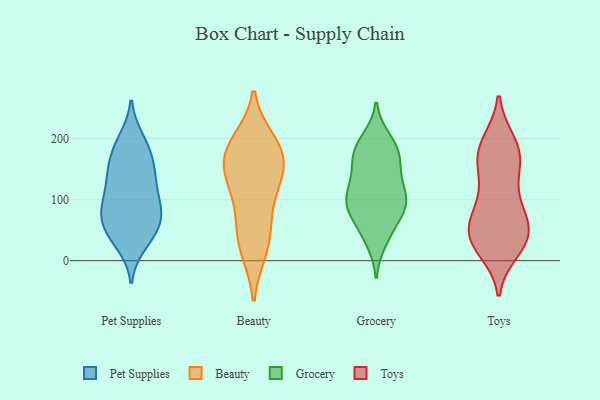
{"axis": {"x": "LTV (USD)", "y": "Value"}, "legend": ["Beauty", "Grocery", "Pet Supplies", "Toys"], "data": [{"x": "", "y": 74, "type": "Pet Supplies"}, {"x": "", "y": 158, "type": "Pet Supplies"}, {"x": "", "y": 33, "type": "Pet Supplies"}, {"x": "", "y": 92, "type": "Pet Supplies"}, {"x": "", "y": 44, "type": "Pet Supplies"}, {"x": "", "y": 187, "type": "Pet Supplies"}, {"x": "", "y": 199, "type": "Pet Supplies"}, {"x": "", "y": 76, "type": "Pet Supplies"}, {"x": "", "y": 125, "type": "Pet Supplies"}, {"x": "", "y": 156, "type": "Pet Supplies"}, {"x": "", "y": 52, "type": "Pet Supplies"}, {"x": "", "y": 117, "type": "Pet Supplies"}, {"x": "", "y": 62, "type": "Pet Supplies"}, {"x": "", "y": 92, "type": "Pet Supplies"}, {"x": "", "y": 27, "type": "Pet Supplies"}, {"x": "", "y": 192, "type": "Pet Supplies"}, {"x": "", "y": 101, "type": "Pet Supplies"}, {"x": "", "y": 152, "type": "Pet Supplies"}, {"x": "", "y": 143, "type": "Pet Supplies"}, {"x": "", "y": 67, "type": "Pet Supplies"}, {"x": "", "y": 142, "type": "Beauty"}, {"x": "", "y": 162, "type": "Beauty"}, {"x": "", "y": 14, "type": "Beauty"}, {"x": "", "y": 198, "type": "Beauty"}, {"x": "", "y": 197, "type": "Beauty"}, {"x": "", "y": 73, "type": "Beauty"}, {"x": "", "y": 130, "type": "Beauty"}, {"x": "", "y": 168, "type": "Beauty"}, {"x": "", "y": 14, "type": "Beauty"}, {"x": "", "y": 119, "type": "Beauty"}, {"x": "", "y": 66, "type": "Beauty"}, {"x": "", "y": 174, "type": "Beauty"}, {"x": "", "y": 188, "type": "Beauty"}, {"x": "", "y": 44, "type": "Beauty"}, {"x": "", "y": 133, "type": "Beauty"}, {"x": "", "y": 96, "type": "Grocery"}, {"x": "", "y": 107, "type": "Grocery"}, {"x": "", "y": 199, "type": "Grocery"}, {"x": "", "y": 89, "type": "Grocery"}, {"x": "", "y": 183, "type": "Grocery"}, {"x": "", "y": 58, "type": "Grocery"}, {"x": "", "y": 90, "type": "Grocery"}, {"x": "", "y": 119, "type": "Grocery"}, {"x": "", "y": 163, "type": "Grocery"}, {"x": "", "y": 106, "type": "Grocery"}, {"x": "", "y": 144, "type": "Grocery"}, {"x": "", "y": 81, "type": "Grocery"}, {"x": "", "y": 179, "type": "Grocery"}, {"x": "", "y": 32, "type": "Grocery"}, {"x": "", "y": 88, "type": "Grocery"}, {"x": "", "y": 167, "type": "Grocery"}, {"x": "", "y": 137, "type": "Grocery"}, {"x": "", "y": 191, "type": "Grocery"}, {"x": "", "y": 42, "type": "Grocery"}, {"x": "", "y": 43, "type": "Toys"}, {"x": "", "y": 188, "type": "Toys"}, {"x": "", "y": 42, "type": "Toys"}, {"x": "", "y": 170, "type": "Toys"}, {"x": "", "y": 60, "type": "Toys"}, {"x": "", "y": 192, "type": "Toys"}, {"x": "", "y": 158, "type": "Toys"}, {"x": "", "y": 18, "type": "Toys"}, {"x": "", "y": 65, "type": "Toys"}, {"x": "", "y": 194, "type": "Toys"}, {"x": "", "y": 46, "type": "Toys"}, {"x": "", "y": 29, "type": "Toys"}, {"x": "", "y": 101, "type": "Toys"}, {"x": "", "y": 92, "type": "Toys"}, {"x": "", "y": 94, "type": "Toys"}, {"x": "", "y": 155, "type": "Toys"}, {"x": "", "y": 156, "type": "Toys"}, {"x": "", "y": 33, "type": "Toys"}, {"x": "", "y": 29, "type": "Toys"}]}